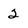
Character: 2